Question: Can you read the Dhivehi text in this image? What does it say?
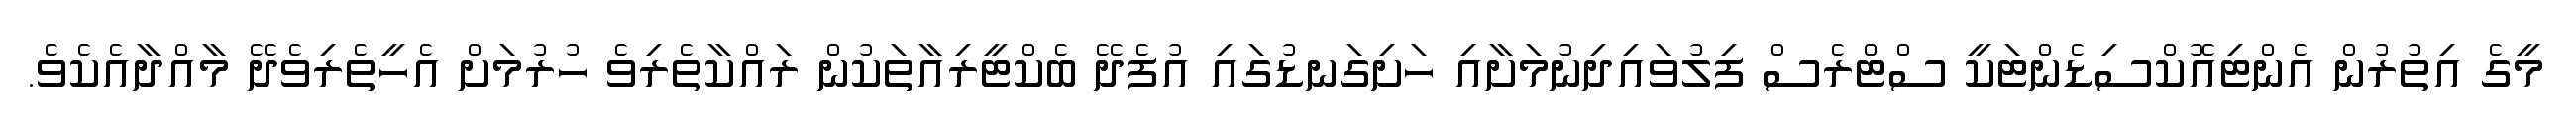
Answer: މީގެ އިތުރުން އެންޓިއޮކްސިޑެންޓަކީ ސްޓްރެސް ފިލުވައިދިނުމަށާއި ހަށިގަނޑުގައި އުފެދޭ ބެކްޓީރިއާތަކުން ރައްކާތެރިވެ ހުރުމަށް އެހީތެރިވެދޭ މާއްދާއެކެވެ.